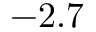
- 2 . 7